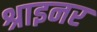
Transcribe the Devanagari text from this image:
श्राइनर